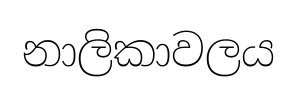
නාලිකාවලය